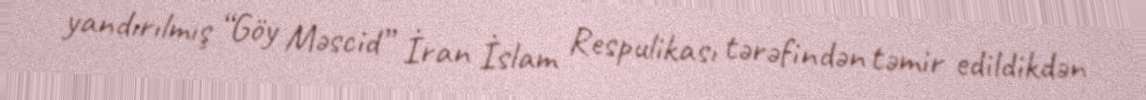
yandırılmış “Göy Məscid” İran İslam Respulikası tərəfindən təmir edildikdən